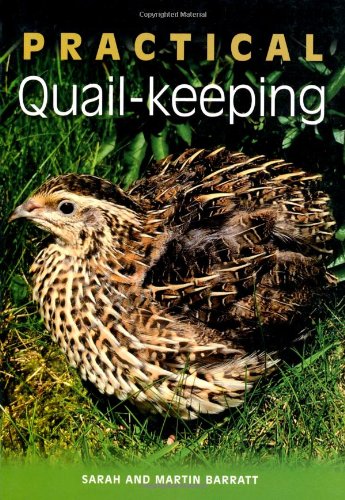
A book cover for Practical Quail-keeping; Sarah Barratt; Crafts, Hobbies & Home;